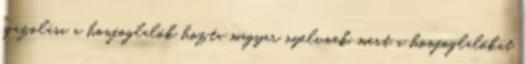
igazolása a honfoglalók hozta magyar nyelvnek, mert a honfoglalókat